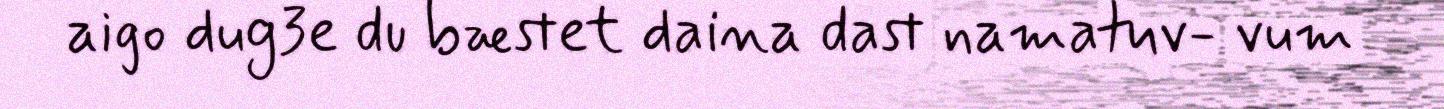
aigo dug3e du bæstet daina dast namatuv- vum